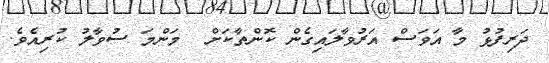
ދަރިފުޅު މާ އަވަސް އަރުވާލައިގެން ކޮންތާކަށް  މަންމަ ސުވާލު ކުރިއެވެ.